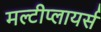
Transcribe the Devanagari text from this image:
मल्टीप्लायर्स